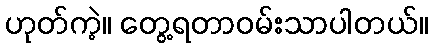
ဟုတ်ကဲ့။ တွေ့ရတာဝမ်းသာပါတယ်။